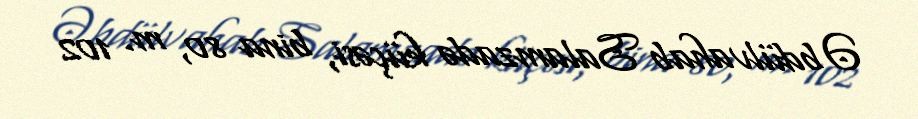
Əbdülvahab Salamzadə küçəsi, bina 80, m. 102